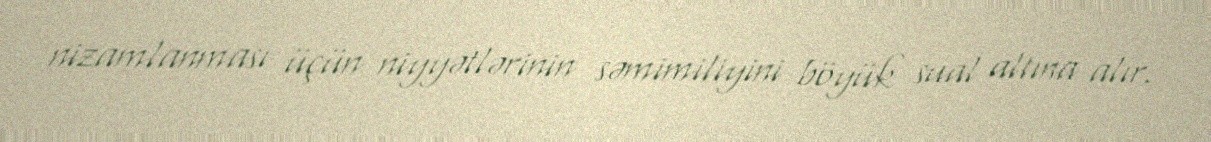
nizamlanması üçün niyyətlərinin səmimiliyini böyük sual altına alır.